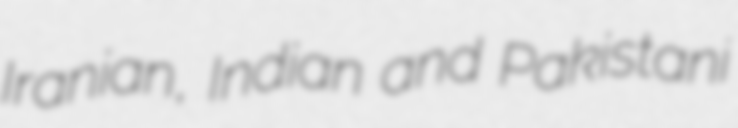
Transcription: Iranian, Indian and Pakistani